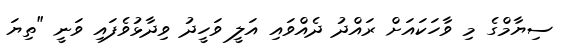
ސިޔާމްގެ މި ވާހަކައަށް ރައްދު ދެއްވައި އަލީ ވަހީދު ވިދާޅުވެފައި ވަނީ "ތިޔަ